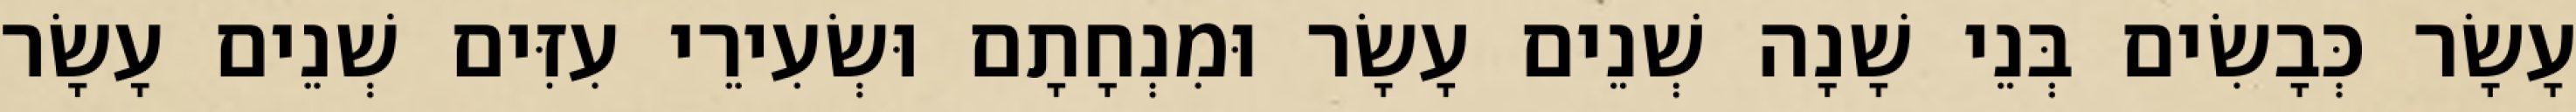
עָשָׂר כְּבָשִׂים בְּנֵי שָׁנָה שְׁנֵים עָשָׂר וּמִנְחָתָם וּשְׂעִירֵי עִזִּים שְׁנֵים עָשָׂר